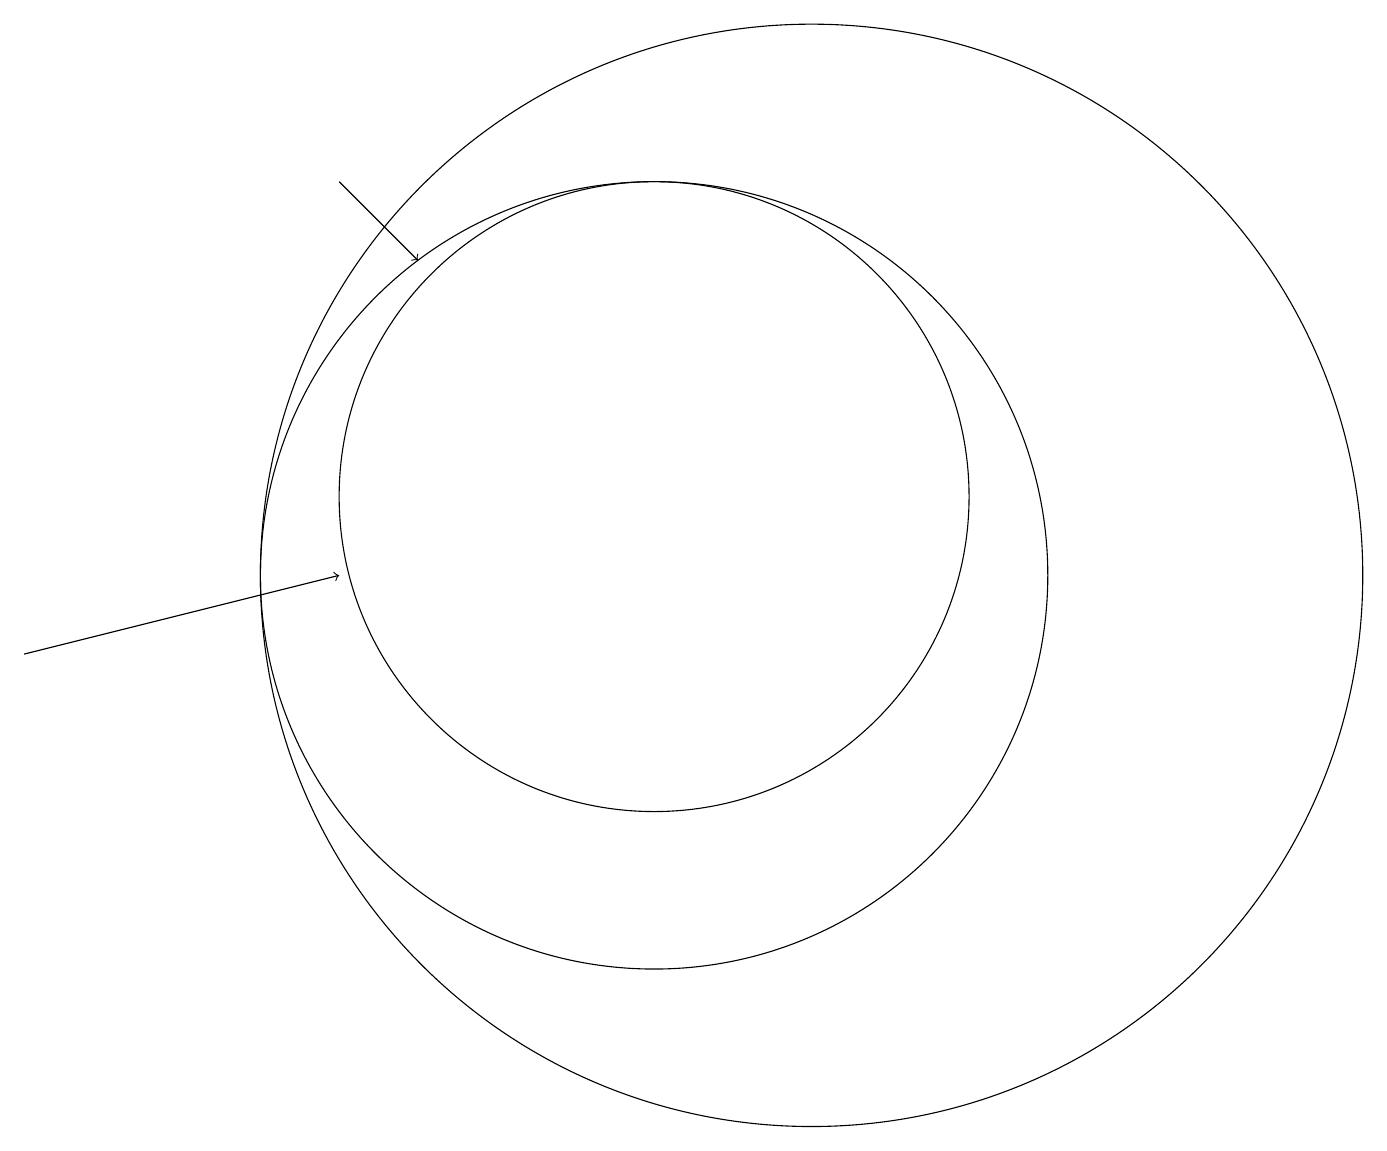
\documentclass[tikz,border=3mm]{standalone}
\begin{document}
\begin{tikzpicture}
\draw[->] (2,10) -- (6,11);
\draw (10,11) circle (5);
\draw (12,11) circle (7);
\draw[->] (6,16) -- (7,15);
\draw (10,12) circle (4);
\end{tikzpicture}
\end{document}